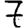
Digit: 7